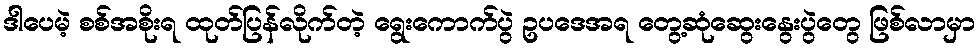
ဒါပေမဲ့ စစ်အစိုးရ ထုတ်ပြန်လိုက်တဲ့ ရွေးကောက်ပွဲ ဥပဒေအရ တွေ့ဆုံဆွေးနွေးပွဲတွေ ဖြစ်လာမှာ